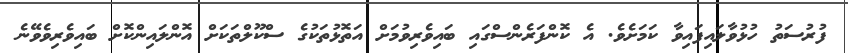
ފުރުސަތު ހުޅުވާލައިފައިވާ ކަމަށެވެ. އެ ކޮންފަރެންސްގައި ބައިވެރިވުމަށް އަތޮޅުތަކުގެ ސްކޫލްތަކަށް އޮންލައިންކޮށް ބައިވެރިވެވޭނެ